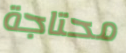
محتاجة